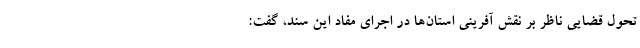
تحول قضایی ناظر بر نقش آفرینی استان‌ها در اجرای مفاد این سند، گفت: